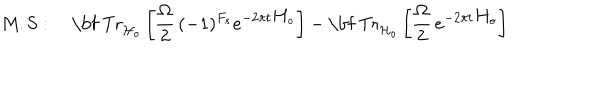
\mathrm { M . S } : ~ \mathrm { \bf ~ T r } _ { { \cal H } _ { o } } \left[ \frac { \Omega } { 2 } \, ( - 1 ) ^ { F _ { s } } e ^ { - 2 \pi t \, \mathrm { H } _ { o } } \right] - \mathrm { \bf ~ T r } _ { { \cal H } _ { o } } \left[ \frac { \Omega } { 2 } \, e ^ { - 2 \pi t \, \mathrm { H } _ { o } } \right]